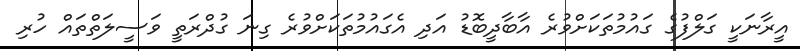
އީރާނަކީ ގަލްފުގެ ގައުމުތަކަށްވުރެ އާބާދީބޮޑު އަދި އެގައުމުތަކަށްވުރެ ގިނަ ގުދްރަތީ ވަސީލަތްތައް ހުރި